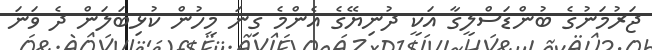
ޖަރުމަނުގެ ބުންޑަސްލީގާ އަކީ ދުނިޔޭގެ އެންމެ ގިނަ މީހުން ކުޅިބަލަން ދެ ވަނަ